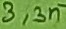
Text: 3,3n